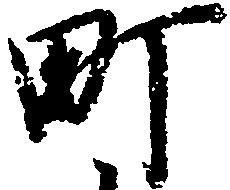
町